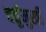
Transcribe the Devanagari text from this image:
चर्तुमुखी